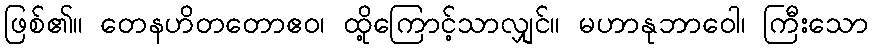
ဖြစ်၏။ တေနဟိတတောဧဝ၊ ထို့ကြောင့်သာလျှင်။ မဟာနုဘာဝေါ၊ ကြီးသော